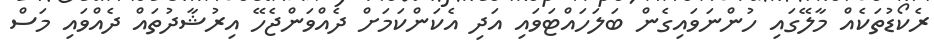
ރެކޯޑުތަކެއް މާލޭގައި ހުންނަވައިގެން ބަލަހައްޓަވައި އަދި އެކަންކަމަށް ދެއްވަންޖެހޭ އިރުޝާދުތައް ދެއްވައި މަސް